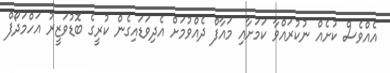
އެއްވެސް ކުށެއް ނުކުރައްވާ ކަމަށާއި މައާފް ދެއްވުމަށް އެދިވަޑައިގެން ކުރީގެ ބޮޑުވަޒީރު އަހްމަދޯފް